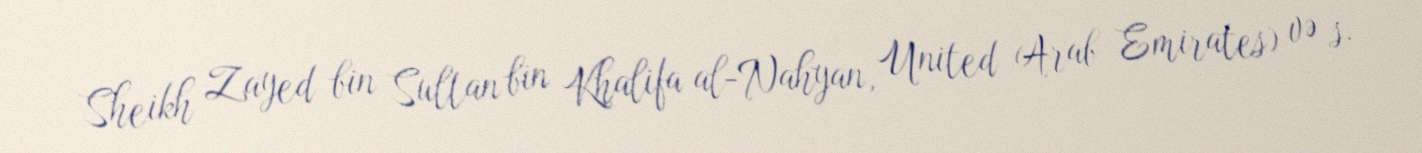
Sheikh Zayed bin Sultan bin Khalifa al-Nahyan, United Arab Emirates) və s.